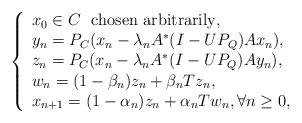
LaTeX: \begin{align*} {} \left\{ \begin{array}{ll} x_{0}\in C~ {\rm ~chosen~arbitrarily,}\\ y_{n}=P_{C}(x_{n}-\lambda_{n} A^{*}(I-UP_{Q})Ax_{n}),\\ z_{n}=P_{C}(x_{n}-\lambda_{n} A^{*}(I-UP_{Q})Ay_{n}),\\ w_{n}=(1-\beta_{n})z_{n}+\beta_{n}Tz_{n},\\ x_{n+1}=(1-\alpha_{n})z_{n}+\alpha_{n}Tw_{n}, \forall n\geq 0, & \textrm{ $ $} \end{array} \right.\end{align*}